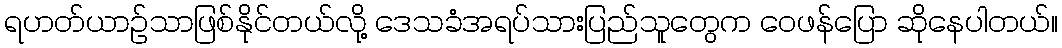
ရဟတ်ယာဉ်သာဖြစ်နိုင်တယ်လို့ ဒေသခံအရပ်သားပြည်သူတွေက ဝေဖန်ပြော ဆိုနေပါတယ်။